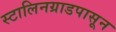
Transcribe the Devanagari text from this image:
स्टालिनग्राडपासून